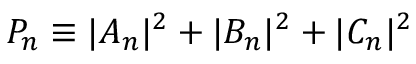
P _ { n } \equiv | A _ { n } | ^ { 2 } + | B _ { n } | ^ { 2 } + | C _ { n } | ^ { 2 }